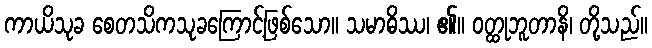
ကာယိသုခ စေတသိကသုခကြောင့်ဖြစ်သော။ သမာဓိဿ၊ ၏။ ဝတ္ထုဘူတာနိ၊ တို့သည်။